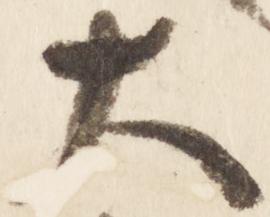
大